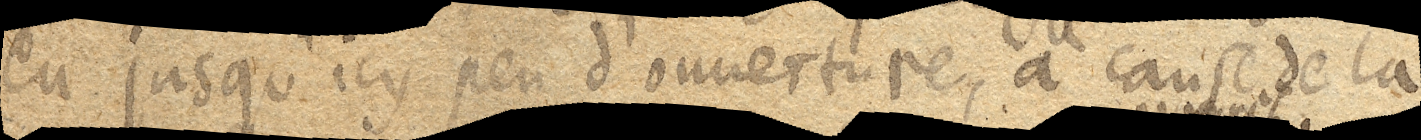
eu jusqu’icy peu d’ouuerture, à cause de la